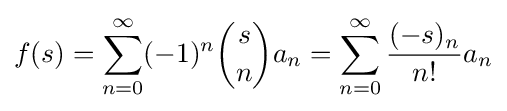
f(s)=\sum _{n=0}^{\infty }(-1)^{n}{s \choose n}a_{n}=\sum _{n=0}^{\infty }{\frac {(-s)_{n}}{n!}}a_{n}